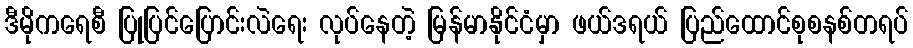
ဒီမိုကရေစီ ပြုပြင်ပြောင်းလဲရေး လုပ်နေတဲ့ မြန်မာနိုင်ငံမှာ ဖယ်ဒရယ် ပြည်ထောင်စုစနစ်တရပ်